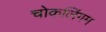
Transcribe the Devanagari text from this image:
चोकलिंगम